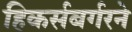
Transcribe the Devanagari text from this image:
हिकर्सबर्गरने